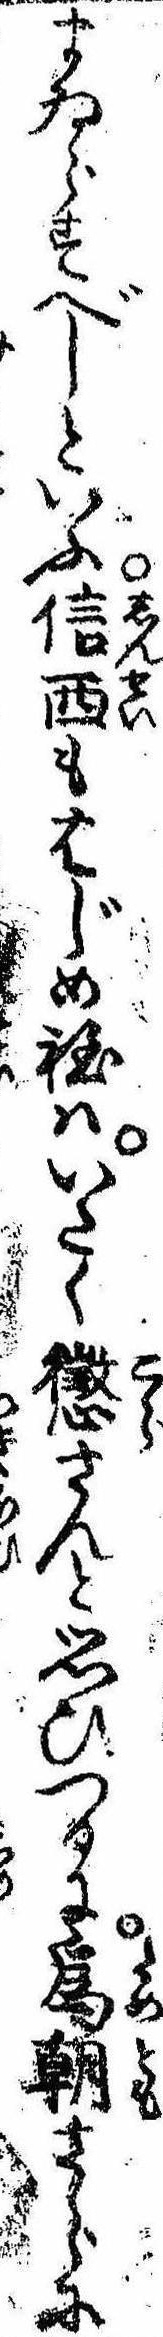
まゐらすべしといふ信西もはじめ程はいたく懲さんと思ひつるに為朝さらに